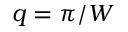
q = \pi / W